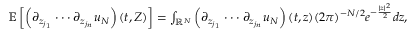
\begin{array} { r } { \mathbb { E } \left[ \left( \partial _ { z _ { j _ { 1 } } } \cdot \cdot \cdot \partial _ { z _ { j _ { n } } } u _ { N } \right) ( t , Z ) \right] = \int _ { \mathbb { R } ^ { N } } \left( \partial _ { z _ { j _ { 1 } } } \cdot \cdot \cdot \partial _ { z _ { j _ { n } } } u _ { N } \right) ( t , z ) ( 2 \pi ) ^ { - N / 2 } e ^ { - \frac { | z | ^ { 2 } } { 2 } } d z , } \end{array}